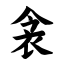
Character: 衾